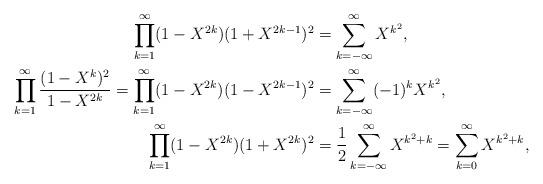
LaTeX: \begin{align*}\prod_{k=1}^\infty(1-X^{2k})(1+X^{2k-1})^2&=\sum_{k=-\infty}^\infty X^{k^2},\\\prod_{k=1}^\infty\frac{(1-X^k)^2}{1-X^{2k}}=\prod_{k=1}^\infty(1-X^{2k})(1-X^{2k-1})^2&=\sum_{k=-\infty}^\infty(-1)^k X^{k^2},\\\prod_{k=1}^\infty(1-X^{2k})(1+X^{2k})^2&=\frac{1}{2}\sum_{k=-\infty}^\infty X^{k^2+k}=\sum_{k=0}^\infty X^{k^2+k},\end{align*}